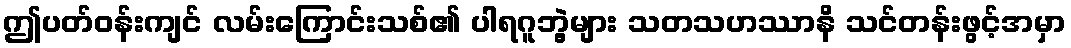
ဤပတ်ဝန်းကျင် လမ်းကြောင်းသစ်၏ ပါရဂူဘွဲ့များ သတသဟဿာနိ သင်တန်းဖွင့်အမှာ